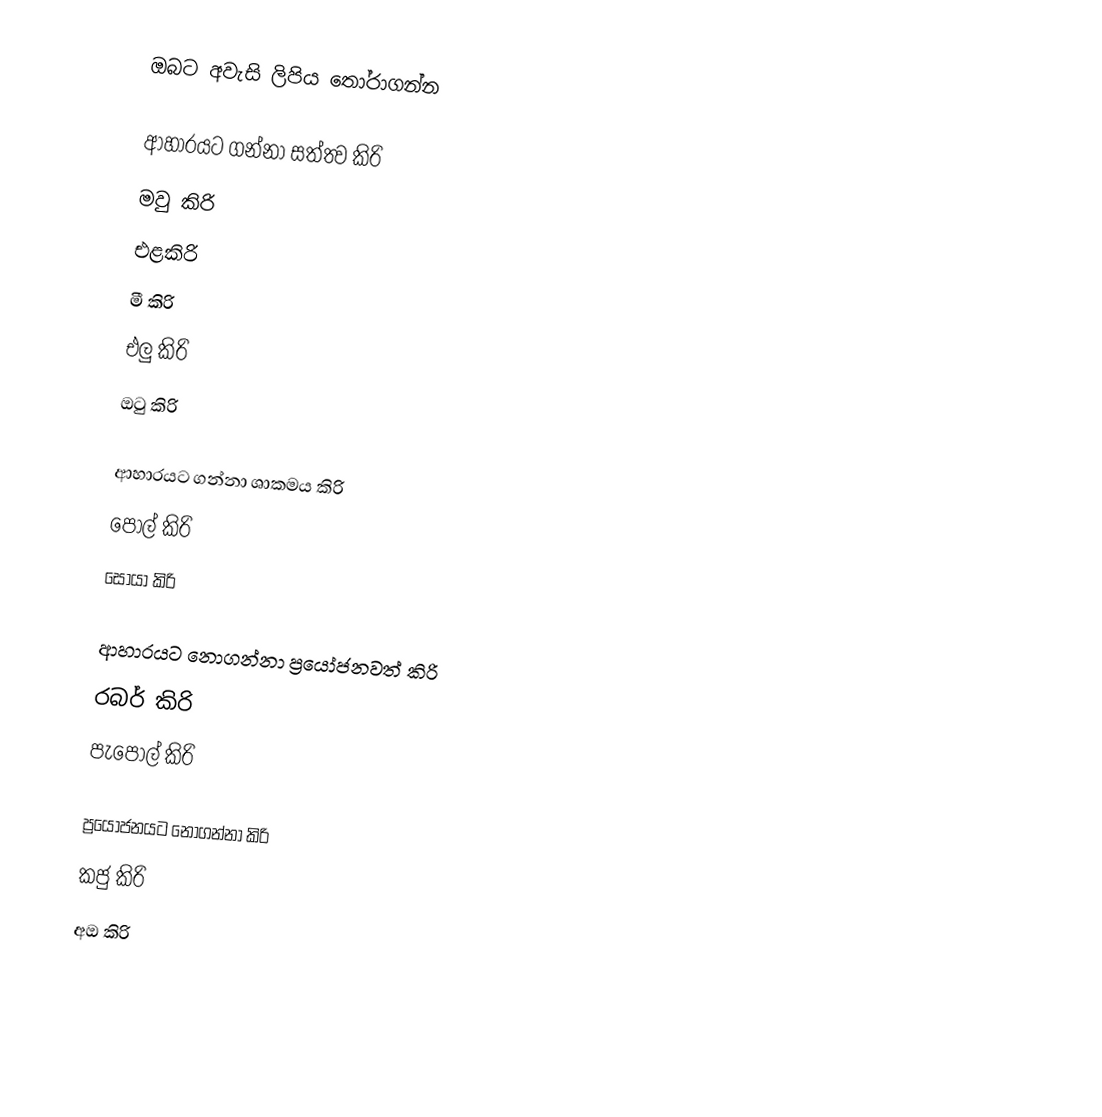
ඔබට අවැසි ලිපිය තෝරාගන්න

ආහාරයට ගන්නා සත්ත්‍ව කිරි
 මවු කිරි
 එළකිරි
 මී කිරි
 එලු කිරි
 ඔටු කිරි

ආහාරයට ගන්නා ශාකමය කිරි
 පොල් කිරි
 සෝයා කිරි

ආහාරයට නොගන්නා ප්‍රයෝජනවත් කිරි
 රබර් කිරි
 පැපොල් කිරි

ප්‍රයෝජනයට නොගන්නා කිරි
 කජු කිරි
 අඔ කිරි